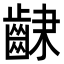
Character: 𮯆